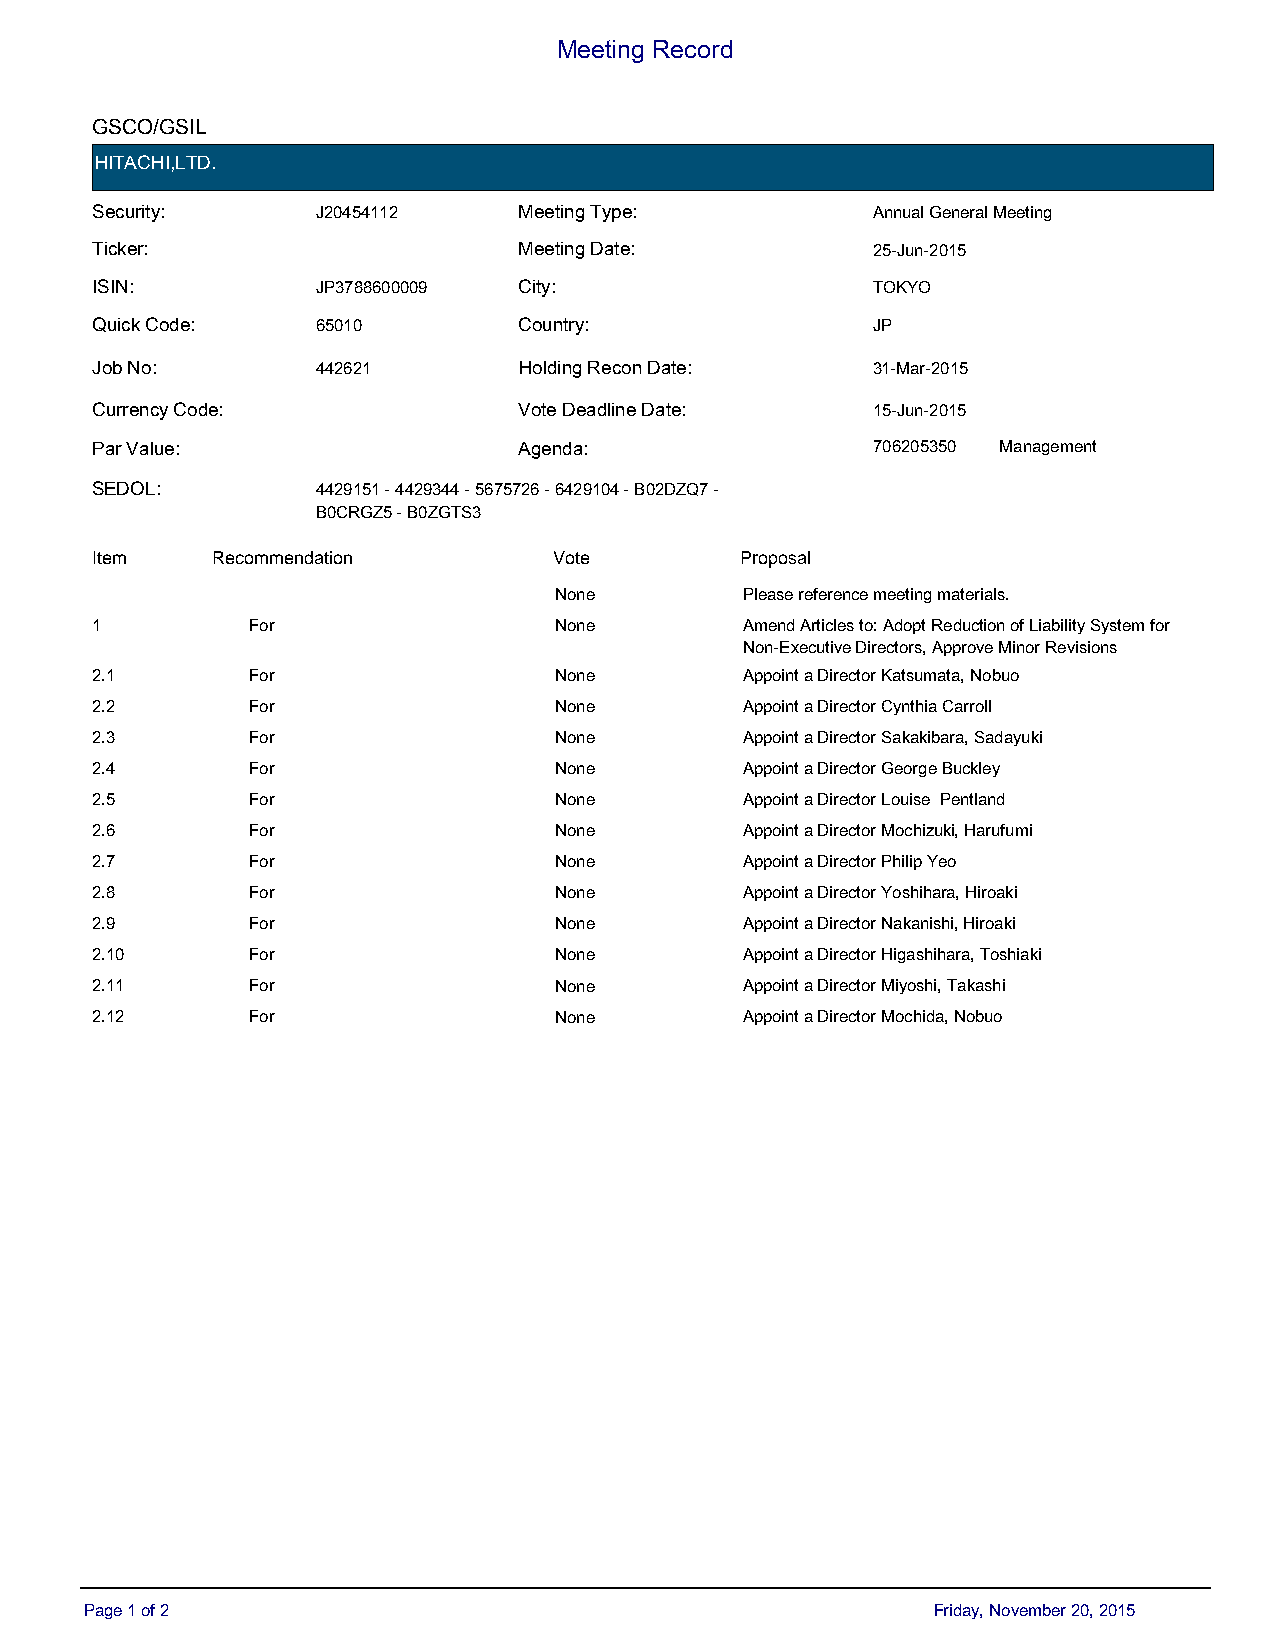
Meeting Record
 GSCO/GSIL
 HITACHI,LTD.
 Security:      J20454112    Meeting Type:           Annual General Meeting
 Ticker:                     Meeting Date:           25-Jun-2015
 ISIN:          JP3788600009 City:                   TOKYO
 Quick Code:    65010        Country:                JP
 Job No:        442621       Holding Recon Date:     31-Mar-2015
 Currency Code:              Vote Deadline Date:     15-Jun-2015
 Par Value:                  Agenda:                 706205350 Management
 SEDOL:         4429151 - 4429344 - 5675726 - 6429104 - B02DZQ7 -
 B0CRGZ5 - B0ZGTS3
 Item      Recommendation       Default Vote Proposal
 Item    Recommendation         Vote        Proposal
 None                 None        Please reference meeting materials.
 1         For                  None        Amend Articles to: Adopt Reduction of Liability System for
 Non-Executive Directors, Approve Minor Revisions
 2.1       For                  None        Appoint a Director Katsumata, Nobuo
 2.2       For                  None        Appoint a Director Cynthia Carroll
 2.3       For                  None        Appoint a Director Sakakibara, Sadayuki
 2.4       For                  None        Appoint a Director George Buckley
 2.5       For                  None        Appoint a Director Louise Pentland
 2.6       For                  None        Appoint a Director Mochizuki, Harufumi
 2.7       For                  None        Appoint a Director Philip Yeo
 2.8       For                  None        Appoint a Director Yoshihara, Hiroaki
 2.9       For                  None        Appoint a Director Nakanishi, Hiroaki
 2.10      For                  None        Appoint a Director Higashihara, Toshiaki
 2.11      For                  None        Appoint a Director Miyoshi, Takashi
 2.12      For                  None        Appoint a Director Mochida, Nobuo
 Page 1 of 2                                             Friday, November 20, 2015